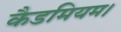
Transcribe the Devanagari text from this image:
कैडमियम।